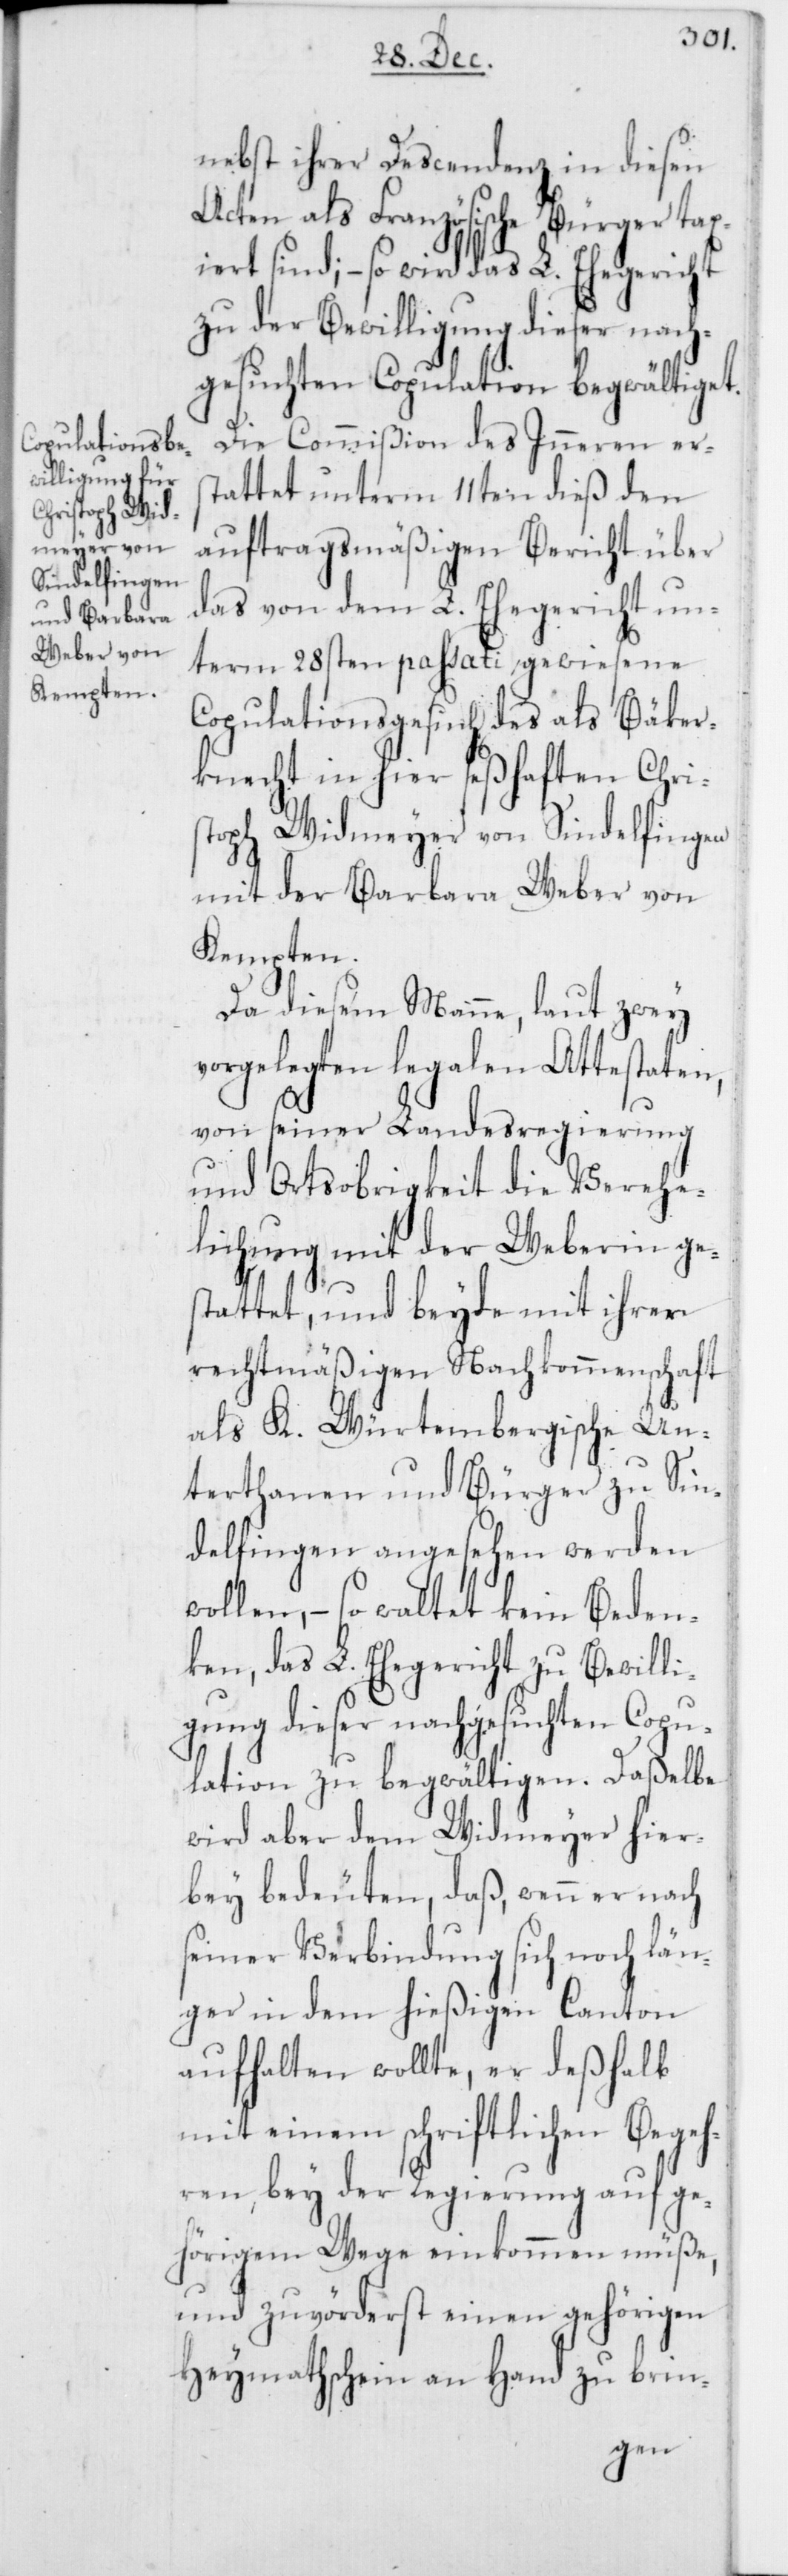
nebst ihrer Descendenz in diesen
Acten als Französische Bürger tax¬
iert sind; – so wird das L. Ehegericht
zu der Bewilligung dieser nach¬
gesuchten Copulation begwältiget.
Die Commißion des Inneren ers¬
tattet unterm 11ten dieß den
auftragsmäßigen Bericht über
das von dem L. Ehegericht un¬
term 28sten passati, gewiesene
Copulationsgesuch des als Bäker¬
knecht in hier seßhaften Chris¬
toph Widmeyer von Sindelfingen
mit der Barbara Weber von
Kempten.
Da diesem Manne, laut zwey
vorgelegten legalen Attestaten,
von seiner Landesregierung
und Ortsobrigkeit die Verehe¬
lichung mit der Weberin ge¬
stattet, und beyde mit ihrer
rechtmäßigen Nachkommenschaft
als K. Würtembergische Un¬
terthanen und Bürger zu Sin¬
delfingen angesehen werden
wollen, – so waltet kein Beden¬
ken, das L. Ehegericht zu Bewilli¬
gung dieser nachgesuchten Copu¬
lation zu begwältigen. Daßelbe
wird aber dem Widmeyer hier¬
bey bedeuten, daß, wenn er nach
seiner Verbindung sich noch län¬
ger in dem hießigen Canton
aufhalten wollte, er deßhalb
mit einem schriftlichen Begeh¬
ren, bey der Regierung auf ge¬
hörigem Wege einkommen müße,
und zuvörderst einen gehörigen
Heymathschein an Hand zu brin-